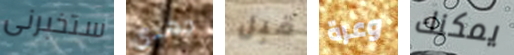
ستخبرنى جهدي قبل وعرة يمكنك